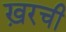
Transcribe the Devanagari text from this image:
ख़रची